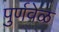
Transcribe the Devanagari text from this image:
पुर्णवेळ